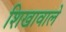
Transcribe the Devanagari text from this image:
शिखावाले